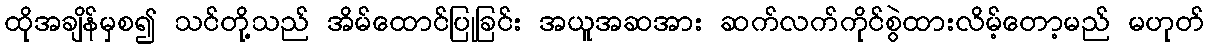
ထိုအချိန်မှစ၍ သင်တို့သည် အိမ်ထောင်ပြုခြင်း အယူအဆအား ဆက်လက်ကိုင်စွဲထားလိမ့်တော့မည် မဟုတ်